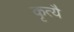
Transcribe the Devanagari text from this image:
कृत्यै